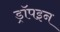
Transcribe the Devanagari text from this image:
ड्रॉपइन